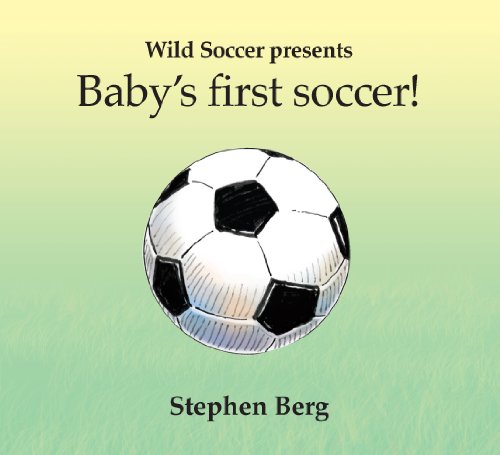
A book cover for Baby's first soccer! (Wild Soccer); Stephen Berg; Children's Books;